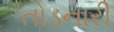
તોડનારી